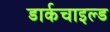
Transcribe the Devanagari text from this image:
डार्कचाइल्ड